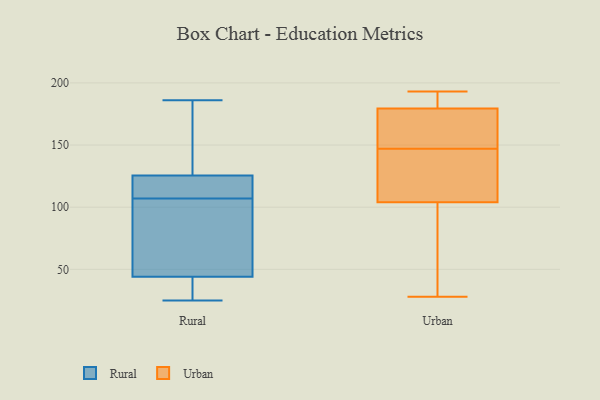
{"axis": {"x": "Operating Costs (USD K)", "y": "Value"}, "legend": ["Rural", "Urban"], "data": [{"x": "", "y": 25, "type": "Rural"}, {"x": "", "y": 118, "type": "Rural"}, {"x": "", "y": 128, "type": "Rural"}, {"x": "", "y": 107, "type": "Rural"}, {"x": "", "y": 184, "type": "Rural"}, {"x": "", "y": 44, "type": "Rural"}, {"x": "", "y": 44, "type": "Rural"}, {"x": "", "y": 49, "type": "Rural"}, {"x": "", "y": 115, "type": "Rural"}, {"x": "", "y": 186, "type": "Rural"}, {"x": "", "y": 41, "type": "Rural"}, {"x": "", "y": 153, "type": "Urban"}, {"x": "", "y": 145, "type": "Urban"}, {"x": "", "y": 146, "type": "Urban"}, {"x": "", "y": 187, "type": "Urban"}, {"x": "", "y": 129, "type": "Urban"}, {"x": "", "y": 144, "type": "Urban"}, {"x": "", "y": 28, "type": "Urban"}, {"x": "", "y": 188, "type": "Urban"}, {"x": "", "y": 148, "type": "Urban"}, {"x": "", "y": 55, "type": "Urban"}, {"x": "", "y": 193, "type": "Urban"}, {"x": "", "y": 179, "type": "Urban"}, {"x": "", "y": 35, "type": "Urban"}, {"x": "", "y": 180, "type": "Urban"}, {"x": "", "y": 153, "type": "Urban"}, {"x": "", "y": 79, "type": "Urban"}]}